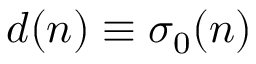
d ( n ) \equiv \sigma _ { 0 } ( n )